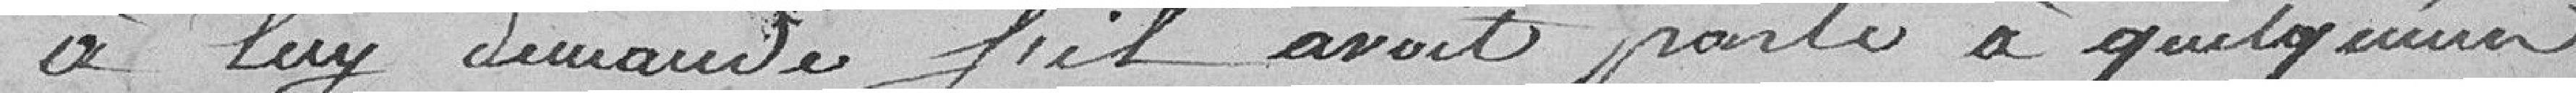
A luy demandé s'il avait parlé à quelqu'un